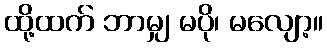
ထို့ထက် ဘာမျှ မပို၊ မလျော့။